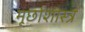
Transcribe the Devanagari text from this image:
मूर्छाशास्त्र